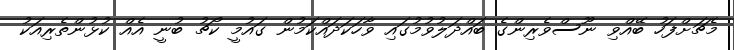
މެޗަށްފަހު ބޭއްވި ނޫސްވެރިންގެ ބައްދަލުވުމުގައި ވާހަކަދައްކަމުން ގައުމީ ކޯޗު ބުނީ އެއް ކުޅުންތެރިއަކު